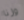
وزنا